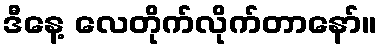
ဒီနေ့ လေတိုက်လိုက်တာနော်။